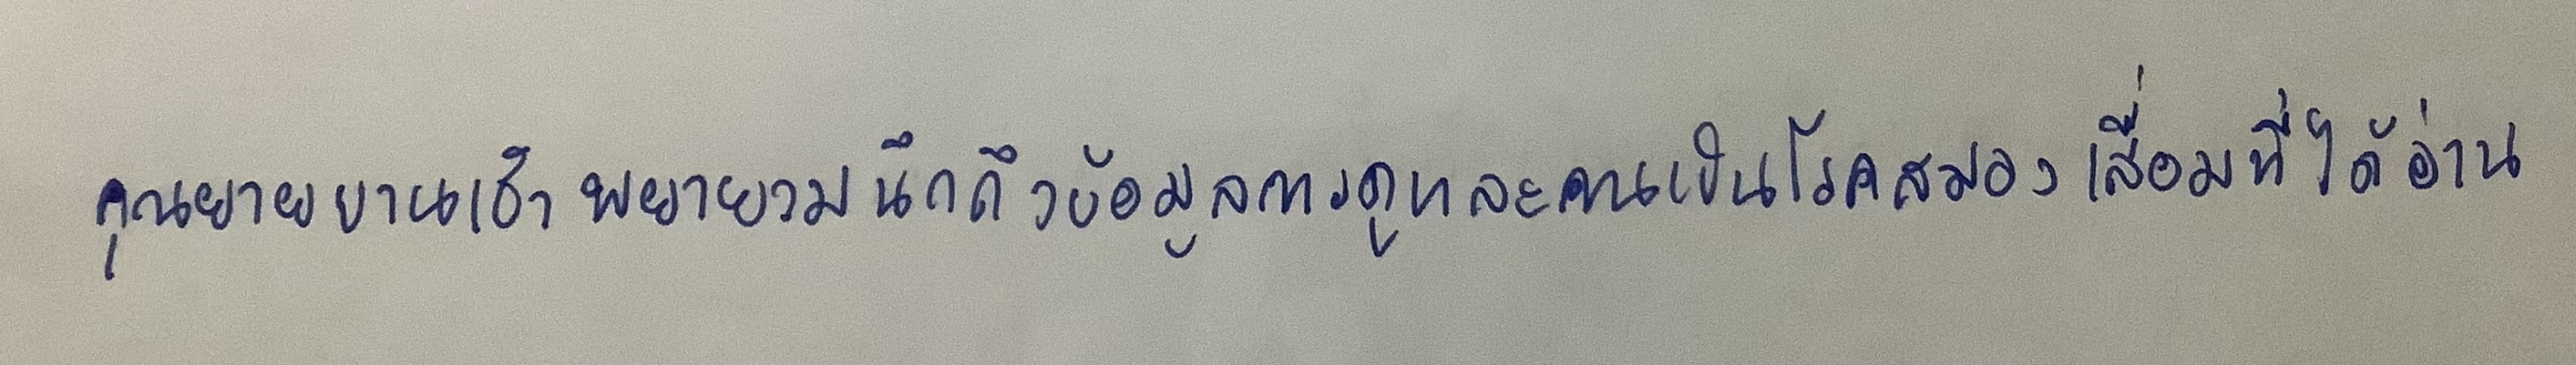
คุณยายบานเช้าพยายามนึกถึงข้อมูลการดูแลคนเป็นโรคสมองเสื่อมที่ได้อ่าน